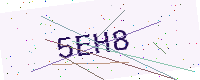
Text: 5EH8